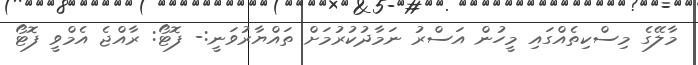
މާލޭގެ މިސްކިތެއްގައި މީހުން އަސްރު ނަމާދުކުރުމަށް ތައްޔާރުވަނީ:- ފޮޓޯ: ރާއްޖެ އެމްވީ ފޮޓޯ